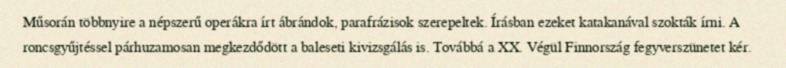
Műsorán többnyire a népszerű operákra írt ábrándok, parafrázisok szerepeltek. Írásban ezeket katakanával szokták írni. A roncsgyűjtéssel párhuzamosan megkezdődött a baleseti kivizsgálás is. Továbbá a XX. Végül Finnország fegyverszünetet kér.